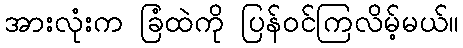
အားလုံးက ခြံထဲကို ပြန်ဝင်ကြလိမ့်မယ်။